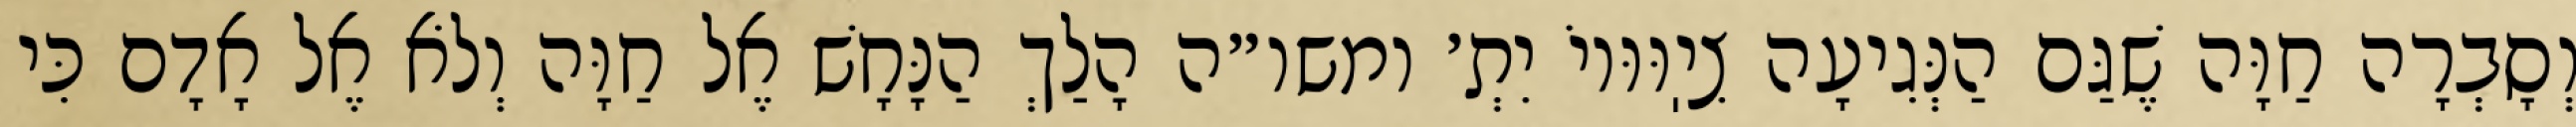
וְסָבְרָה חַוָּה שֶׁגַּם הַנְּגִיעָה צִיֽוּוּיוֹ יִתְ׳ ומשו״ה הָלַךְ הַנָּחָשׁ אֶל חַוָּה וְלֹא אֶל אָדָם כִּי